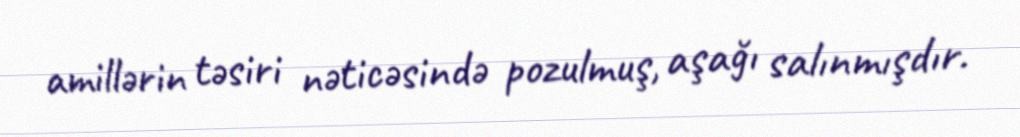
amillərin təsiri nəticəsində pozulmuş, aşağı salınmışdır.